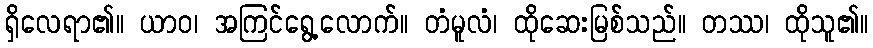
ရှိလေရာ၏။ ယာဝ၊ အကြင်ရွေ့လောက်။ တံမူလံ၊ ထိုဆေးမြစ်သည်။ တဿ၊ ထိုသူ၏။